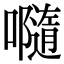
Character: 𡃴